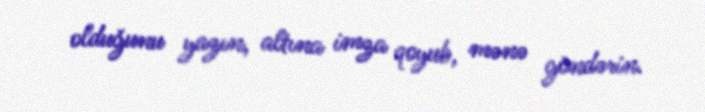
olduğunu yazın, altına imza qoyub, mənə göndərin.